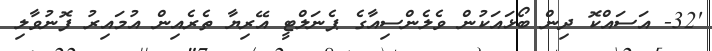
'32- އަސައްކޮ ދިން ބޯޅައަކުން ވެލެންސިއާގެ ޕެނަލްޓީ އޭރިޔާ ތެރެއިން އުމައިރު ފޮނުވާލި